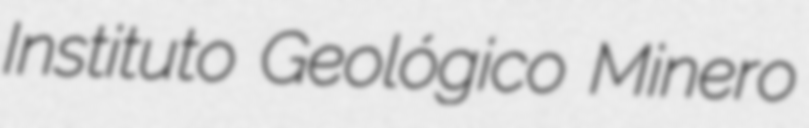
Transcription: Instituto Geológico Minero